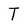
Character: T